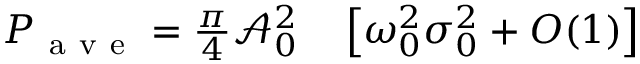
\begin{array} { r l } { P _ { \mathrm { ~ a ~ v ~ e ~ } } = \frac { \pi } { 4 } \mathcal { A } _ { 0 } ^ { 2 } } & { { } \left[ \omega _ { 0 } ^ { 2 } \sigma _ { 0 } ^ { 2 } + O ( 1 ) \right] } \end{array}